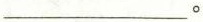
___。